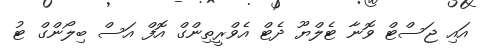
އައި ޖަސްޓް ވޮނާ ޓެލްޔޫ ދެޓް އެވްރީތިންގް އޮފް އަސް ބިލޯންގް ޓު